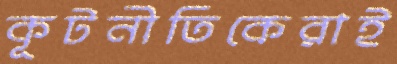
কূটনীতিকেরাই